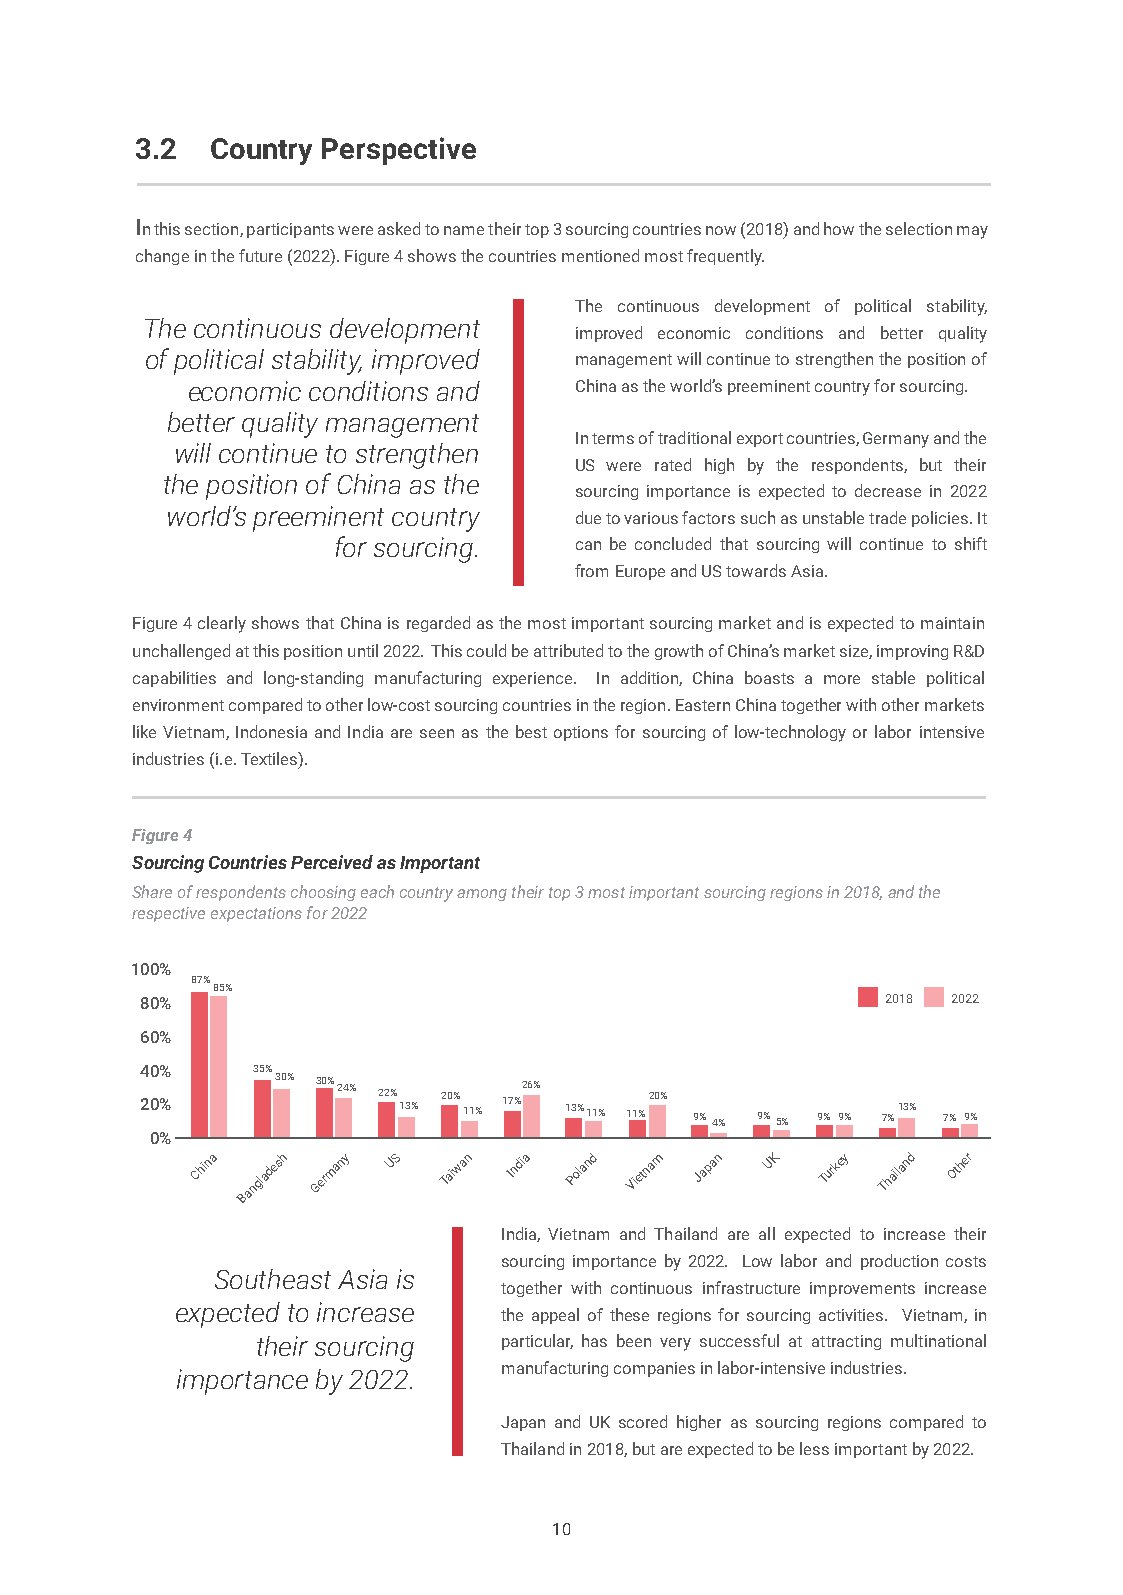
3.2  Country Perspective
 In this section, participants were asked to name their top 3 sourcing countries now (2018) and how the selection may
 change in the future (2022). Figure 4 shows the countries mentioned most frequently.
 The continuous development of political stability,
 The continuous development
 improved economic conditions and better quality
 of political stability, improved management will continue to strengthen the position of
 economic conditions and   China as the world’s preeminent country for sourcing.
 better quality management
 In terms of traditional export countries, Germany and the
 will continue to strengthen
 US were rated high by the respondents, but their
 the position of China as the
 sourcing importance is expected to decrease in 2022
 world’s preeminent country
 due to various factors such as unstable trade policies. It
 for sourcing.   can be concluded that sourcing will continue to shift
 from Europe and US towards Asia.
 Figure 4 clearly shows that China is regarded as the most important sourcing market and is expected to maintain
 unchallenged at this position until 2022. This could be attributed to the growth of China’s market size, improving R&D
 capabilities and long-standing manufacturing experience. In addition, China boasts a more stable political
 environment compared to other low-cost sourcing countries in the region. Eastern China together with other markets
 like Vietnam, Indonesia and India are seen as the best options for sourcing of low-technology or labor intensive
 industries (i.e. Textiles).
 Figure 4
 Sourcing Countries Perceived as Important
 Share of respondents choosing each country among their top 3 most important sourcing regions in 2018, and the
 respective expectations for 2022
 100%
 87%
 85%
 80%                                               2018 2022
 60%
 40%     35%
 20%      30% 30% 24% 22%
 13%
 20%
 11%
 17%26%
 13%11%
 11%20%
 9%4% 9%5% 9% 9% 7%13% 7% 9%
 0%
 China Bangladesh Germany US Taiwan India Poland Vietnam Japan UK Turkey Thailand Other
 India, Vietnam and Thailand are all expected to increase their
 sourcing importance by 2022. Low labor and production costs
 Southeast Asia is
 together with continuous infrastructure improvements increase
 expected to increase
 the appeal of these regions for sourcing activities. Vietnam, in
 their sourcing  particular, has been very successful at attracting multinational
 manufacturing companies in labor-intensive industries.
 importance by 2022.
 Japan and UK scored higher as sourcing regions compared to
 Thailand in 2018, but are expected to be less important by 2022.
 10